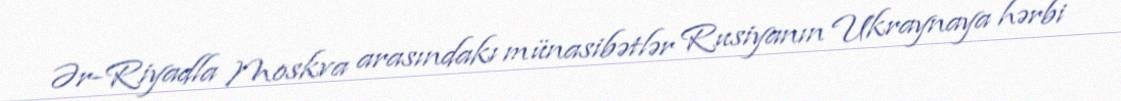
Ər-Riyadla Moskva arasındakı münasibətlər Rusiyanın Ukraynaya hərbi